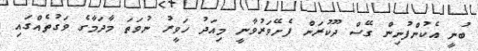
ބުނީ އެކުންފުނިން ގޭސް ދޫކުރަން ފެށޭވަރުވާނީ މިއަދު ހަވީރު ނުވަތަ މާދަމާގެ ވަގުތެއްގައި